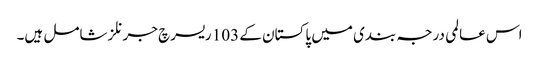
اس عالمی درجہ بندی میں پاکستان کے 103 ریسرچ جرنلز شامل ہیں۔